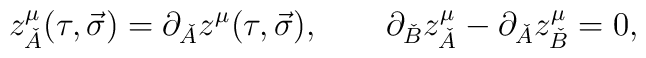
z^{\mu}_{\check A}(\tau ,\vec \sigma )=\partial_{\check A}z^{\mu}(\tau ,\vec \sigma ),\quad\quad\partial_{\check B}z^{\mu}_{\check A}-\partial_{\check A}z^{\mu}_{\check B}=0,